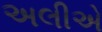
અલીએ